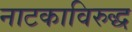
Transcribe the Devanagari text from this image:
नाटकाविरुद्ध